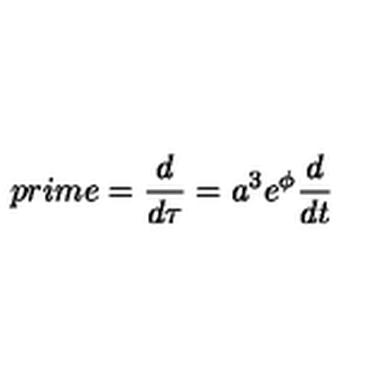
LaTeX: p r i m e = \frac { d } { d \tau } = a ^ { 3 } e ^ { \phi } \frac { d } { d t }